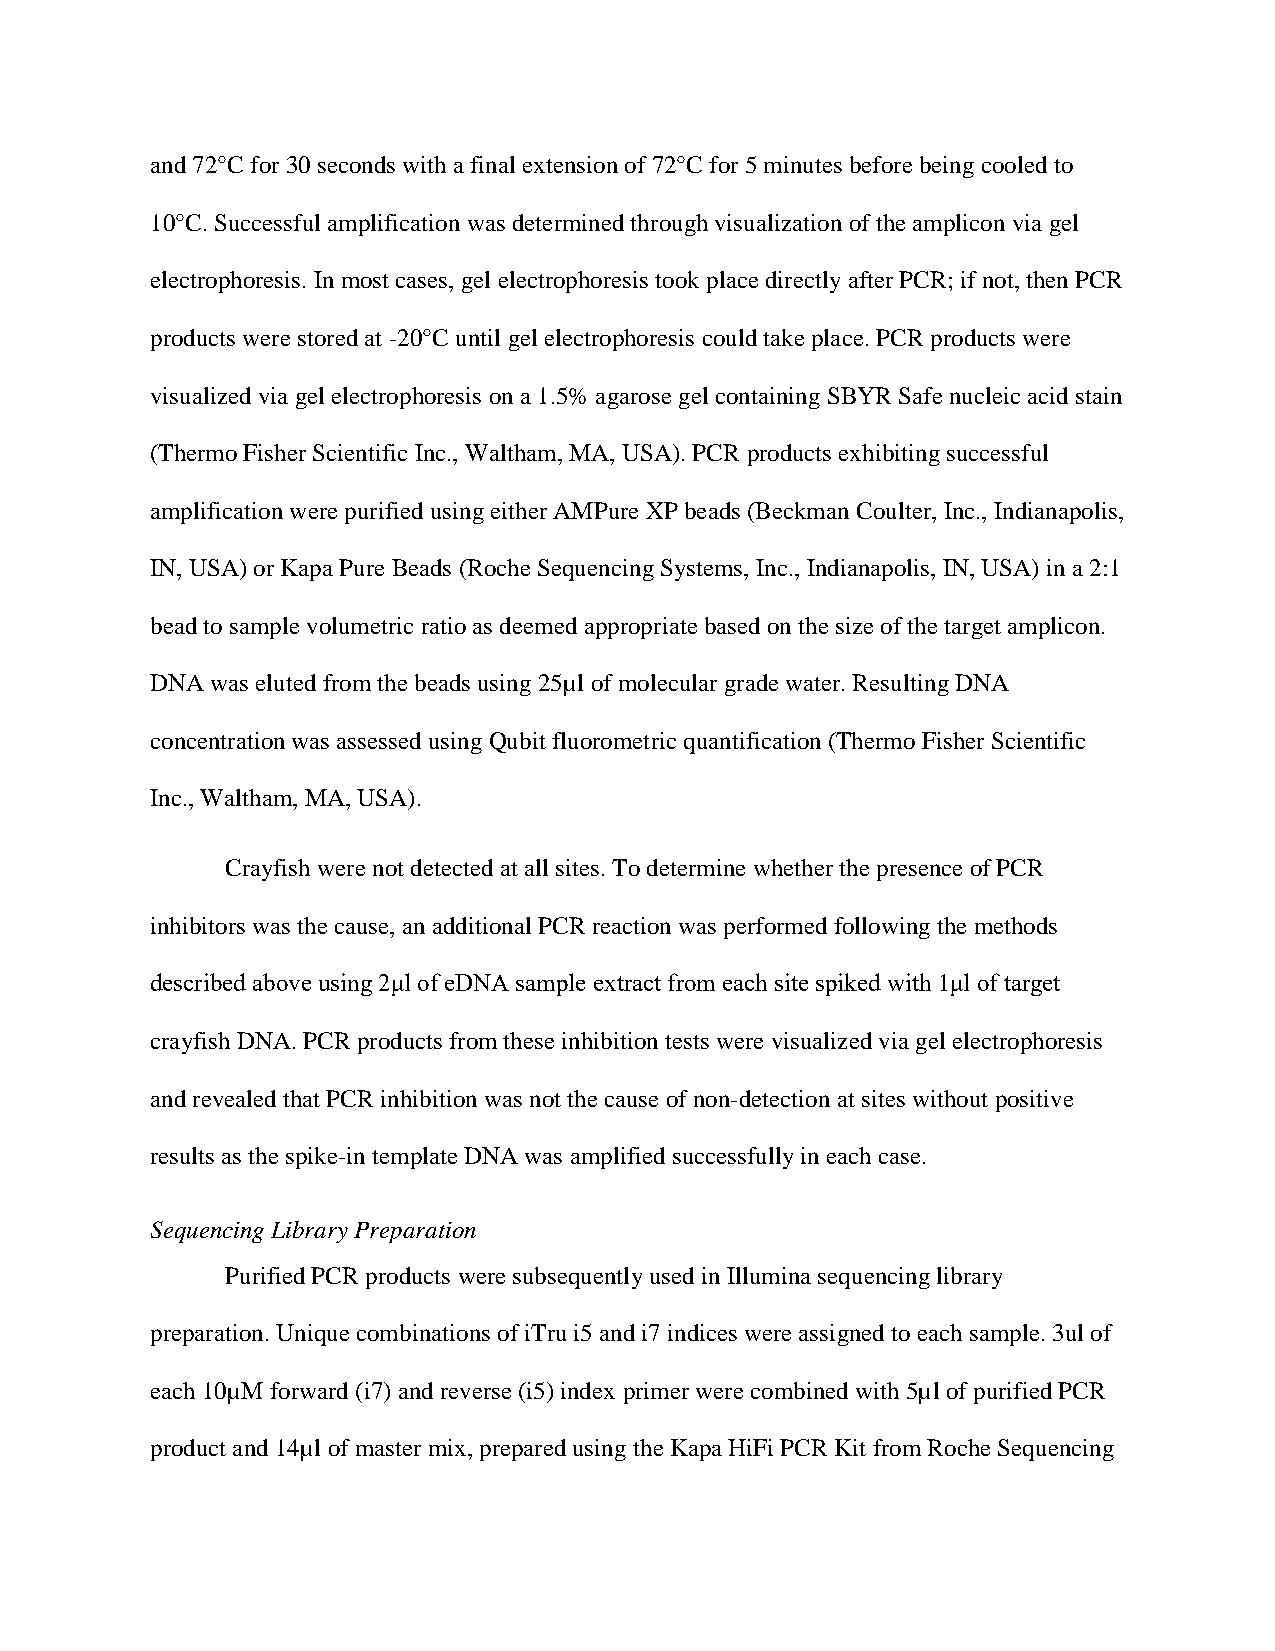
and 72°C for 30 seconds with a final extension of 72°C for 5 minutes before being cooled to
 10°C. Successful amplification was determined through visualization of the amplicon via gel
 electrophoresis. In most cases, gel electrophoresis took place directly after PCR; if not, then PCR
 products were stored at -20°C until gel electrophoresis could take place. PCR products were
 visualized via gel electrophoresis on a 1.5% agarose gel containing SBYR Safe nucleic acid stain
 (Thermo Fisher Scientific Inc., Waltham, MA, USA). PCR products exhibiting successful
 amplification were purified using either AMPure XP beads (Beckman Coulter, Inc., Indianapolis,
 IN, USA) or Kapa Pure Beads (Roche Sequencing Systems, Inc., Indianapolis, IN, USA) in a 2:1
 bead to sample volumetric ratio as deemed appropriate based on the size of the target amplicon.
 DNA was eluted from the beads using 25µl of molecular grade water. Resulting DNA
 concentration was assessed using Qubit fluorometric quantification (Thermo Fisher Scientific
 Inc., Waltham, MA, USA).
 Crayfish were not detected at all sites. To determine whether the presence of PCR
 inhibitors was the cause, an additional PCR reaction was performed following the methods
 described above using 2μl of eDNA sample extract from each site spiked with 1μl of target
 crayfish DNA. PCR products from these inhibition tests were visualized via gel electrophoresis
 and revealed that PCR inhibition was not the cause of non-detection at sites without positive
 results as the spike-in template DNA was amplified successfully in each case.
 Sequencing Library Preparation
 Purified PCR products were subsequently used in Illumina sequencing library
 preparation. Unique combinations of iTru i5 and i7 indices were assigned to each sample. 3ul of
 each 10µM forward (i7) and reverse (i5) index primer were combined with 5µl of purified PCR
 product and 14µl of master mix, prepared using the Kapa HiFi PCR Kit from Roche Sequencing